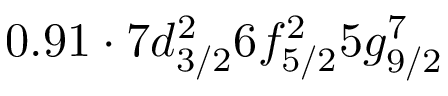
0 . 9 1 \cdot 7 d _ { 3 / 2 } ^ { 2 } 6 f _ { 5 / 2 } ^ { 2 } 5 g _ { 9 / 2 } ^ { 7 }